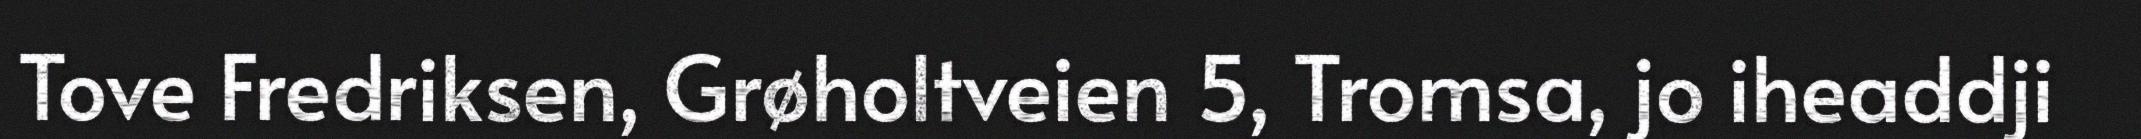
Tove Fredriksen, Grøholtveien 5, Tromsa, jo iheaddji